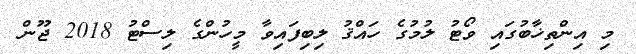
މި އިންތިޚާބުގައި ވޯޓު ލުމުގެ ހައްޤު ލިބިފައިވާ މީހުންގެ ލިސްޓު 2018 ޖޫން